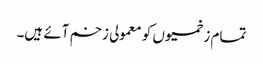
تمام زخمیوں کو معمولی زخم آئے ہیں۔